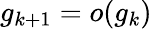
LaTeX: g_{k+1}=o(g_{k})